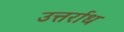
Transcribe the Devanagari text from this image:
उत्तर्राध